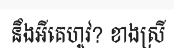
នឹងអីគេហូវ? ខាងស្រី